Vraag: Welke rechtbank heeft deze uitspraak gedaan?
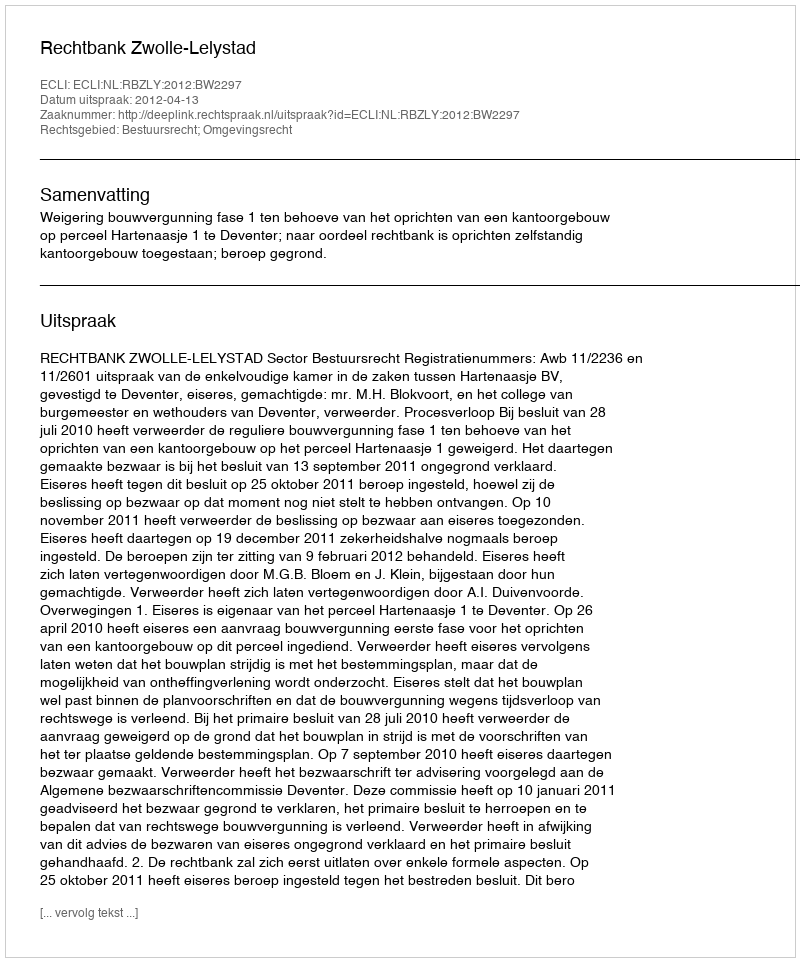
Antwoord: Rechtbank Zwolle-Lelystad